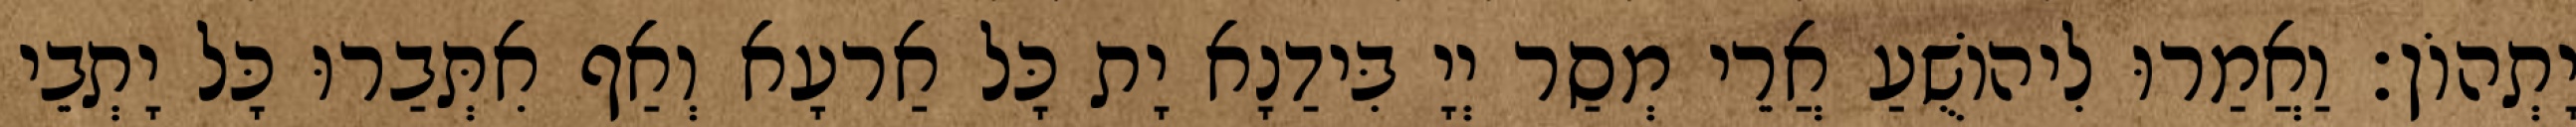
יָתְהוֹן׃ וַאֲמַרוּ לִיהוֹשֻׁעַ אֲרֵי מְסַר יְיָ בִּידַנָא יָת כָּל אַרעָא וְאַף אִתְּבַרוּ כָּל יָתְבֵי